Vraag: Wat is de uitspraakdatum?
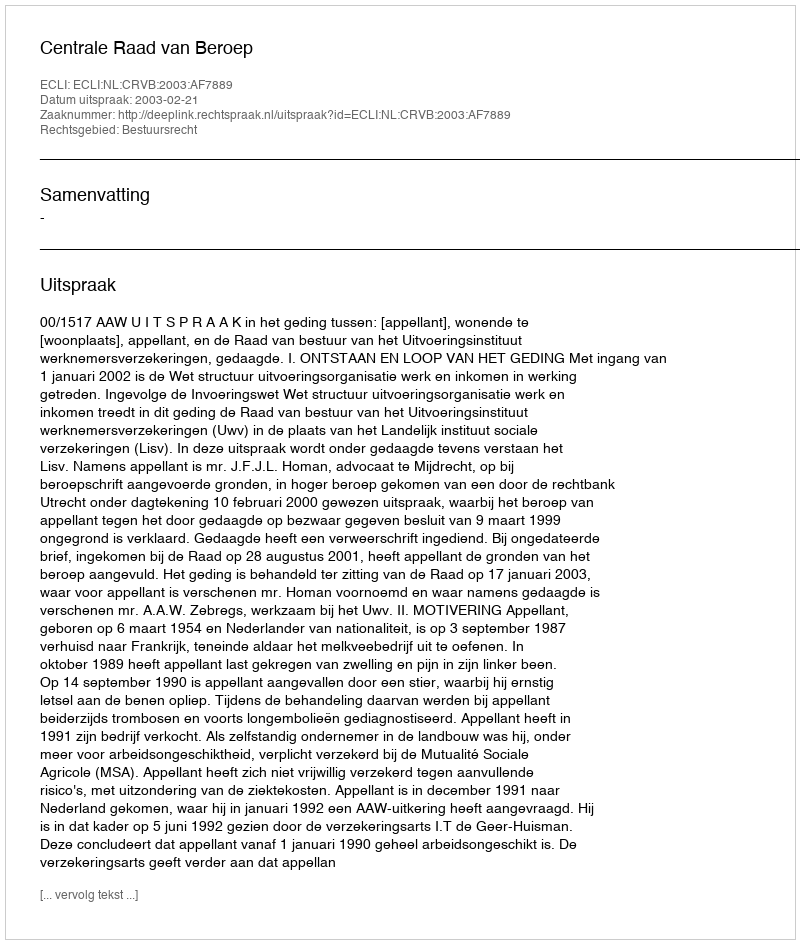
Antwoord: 2003-02-21